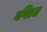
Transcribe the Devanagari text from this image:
गणितज